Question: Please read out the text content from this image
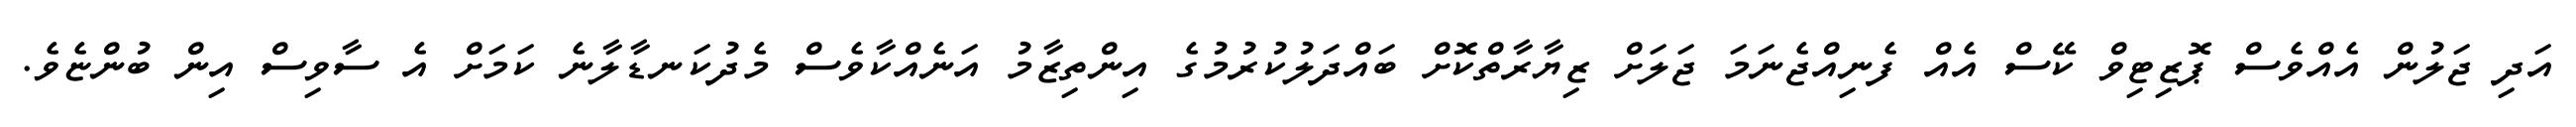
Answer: އަދި ޖަލުން އެއްވެސް ޕޮޒިޓިވް ކޭސް އެއް ފެނިއްޖެނަމަ ޖަލަށް ޒިޔާރާތްކޮށް ބައްދަލުކުރުމުގެ އިންތިޒާމު އަނެއްކާވެސް މެދުކަނޑާލާނެ ކަމަށް އެ ސާވިސް އިން ބުންޏެވެ.